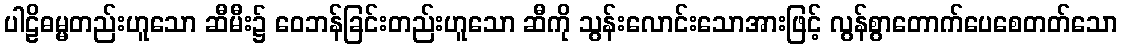
ပါဠိဓမ္မတည်းဟူသော ဆီမီး၌ ဝေဘန်ခြင်းတည်းဟူသော ဆီကို သွန်းလောင်းသောအားဖြင့် လွန်စွာတောက်ပေစေတတ်သော